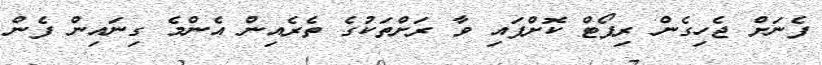
ފެނަށް ޖެހިގެން ރިޕޯޓް ކޮށްފައި ވާ ރަށްތަކުގެ ތެރެއިން އެންމެ ގިނައިން ފެން